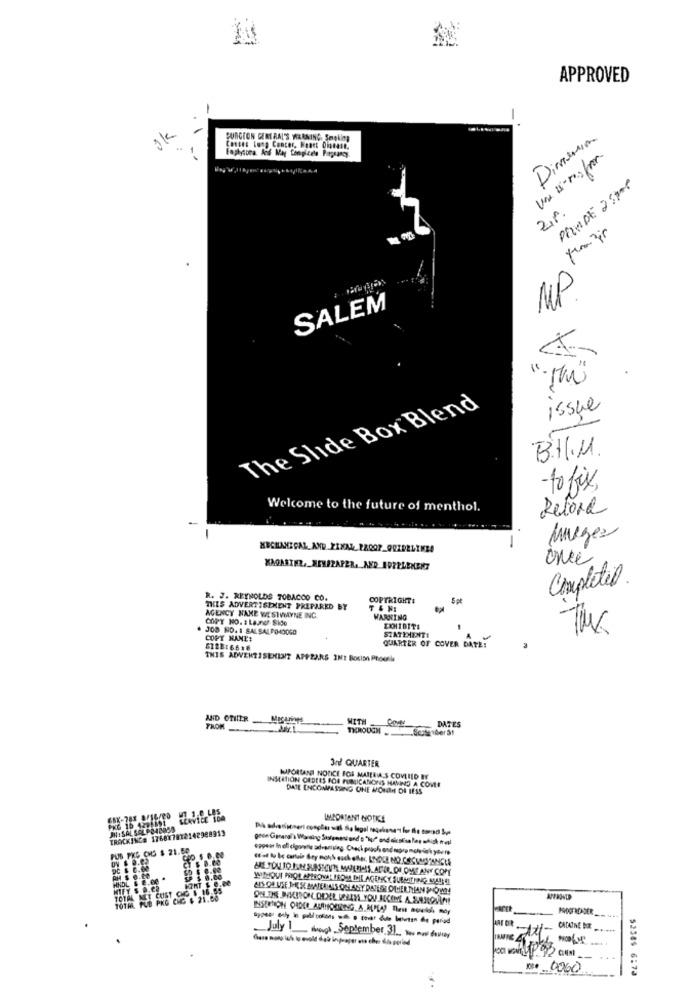
APPROVED
SURGEON GENERAL'S WARNING. Smoking
Dimension
Conses Long Concor, Heart Disease,
20
MF
SALEM
" M"
The Slide Box Blend
issue
B.H.M.
-to fix,
Welcome to the future of menthol.
Retora
-
-
Meges
once
Completeo.
R. J. REYNOLDS TOBACCO CO.
COPTRIGHT!
5 pt
THIS ADVERTISEMENT PREPARED BY
COPY NO. 1 Launer Sido
AGENCY NAME WESTVMAYNE INC.
WARNING
JOB NO. 1 SALSALDO40060
EXHIBITE
STATEMENTS
The
COPY HANE:
QUARTER OF COVER DATE:
612E:6618
THIS ADVERTISEMENT APPEARS INI Bosish Phoolk
AND OHIER
WITHCOM
DATES
FROM
3rd QUARTER
INSERTION ORDERS BOA PURICANONS HAVING A COME
KJPORTANT NOTICE FOR MAIERAS COVERED BY
DATE ENCOMPASSING CINE MONM DI LESS
IMPORTANT NOTKE
JN : SAL SAL PO40060
TRACKING# 1768X7812142988913
PUS PKS CHS $ 21.50
DC $ 6.00
AH $ 0.00
HNDL $ 8.00
MIFT $ Q.c.
TOTAL NET CUST CHG $ 16.85
TOTAL PUD PKG CNG $ 21.00
appear only in publications with a coat dule beaten de period
CADAINE BOX
Chase nang ich to evold det inpraper ate cher dida porled
July 1_though September 31 - - o densey
.0000
52589 6:73